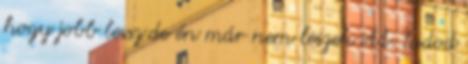
hogy jobb lessz.de én már nem leszek itt. Tudod